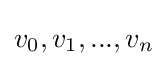
v_{0},v_{1},...,v_{n}